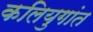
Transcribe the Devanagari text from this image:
कलियुगांत